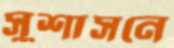
সুশাসনে